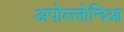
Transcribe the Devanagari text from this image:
अपोल्लोनिआ